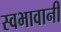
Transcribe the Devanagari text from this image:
स्वभावानी